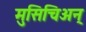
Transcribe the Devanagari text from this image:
मुसिचिअन्